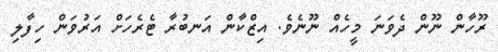
ރޫހާން ނޫން ދެވަނަ މީހެއް ނޫނެވެ. އިޒްކާން އަނބުރާ ޓެރެހަށް އަރުވަން ހިފާލި